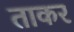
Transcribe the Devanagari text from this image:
ताकर